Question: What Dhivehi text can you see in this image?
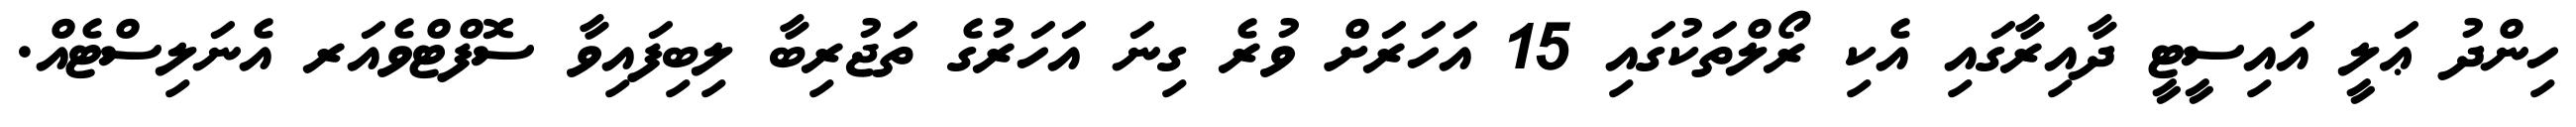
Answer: ހިންދު ޢަލީ އައިސީޓީ ދާއިރާގައި އެކި ރޯލްތަކުގައި 15 އަހަރަށް ވުރެ ގިނަ އަހަރުގެ ތަޖުރިބާ ލިބިފައިވާ ސޮފްޓްވެއަރ އެނަލިސްޓެއް.